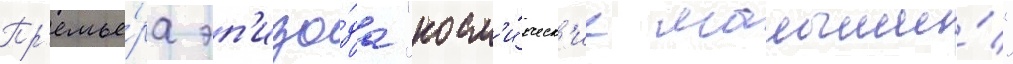
Пр'емье́ра эп'изо́да "косм'и́ческ'ие малыши́"